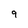
Character: 9